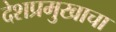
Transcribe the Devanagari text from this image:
देशप्रमुखाचा